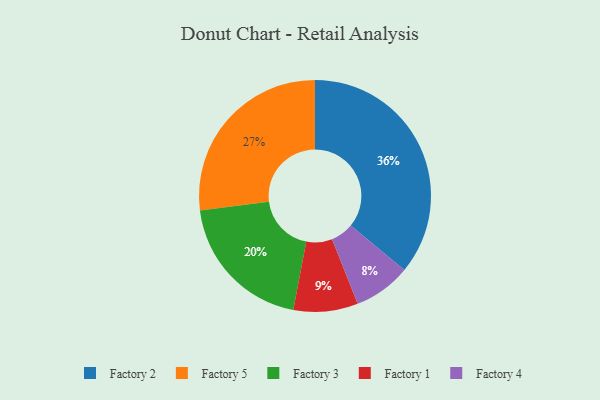
{"axis": {"x": "Category", "y": "Percentage"}, "legend": ["Factory 1", "Factory 2", "Factory 3", "Factory 4", "Factory 5"], "data": [{"x": "Factory 2", "y": 36, "type": "Factory 2"}, {"x": "Factory 4", "y": 8, "type": "Factory 4"}, {"x": "Factory 3", "y": 20, "type": "Factory 3"}, {"x": "Factory 5", "y": 27, "type": "Factory 5"}, {"x": "Factory 1", "y": 9, "type": "Factory 1"}]}